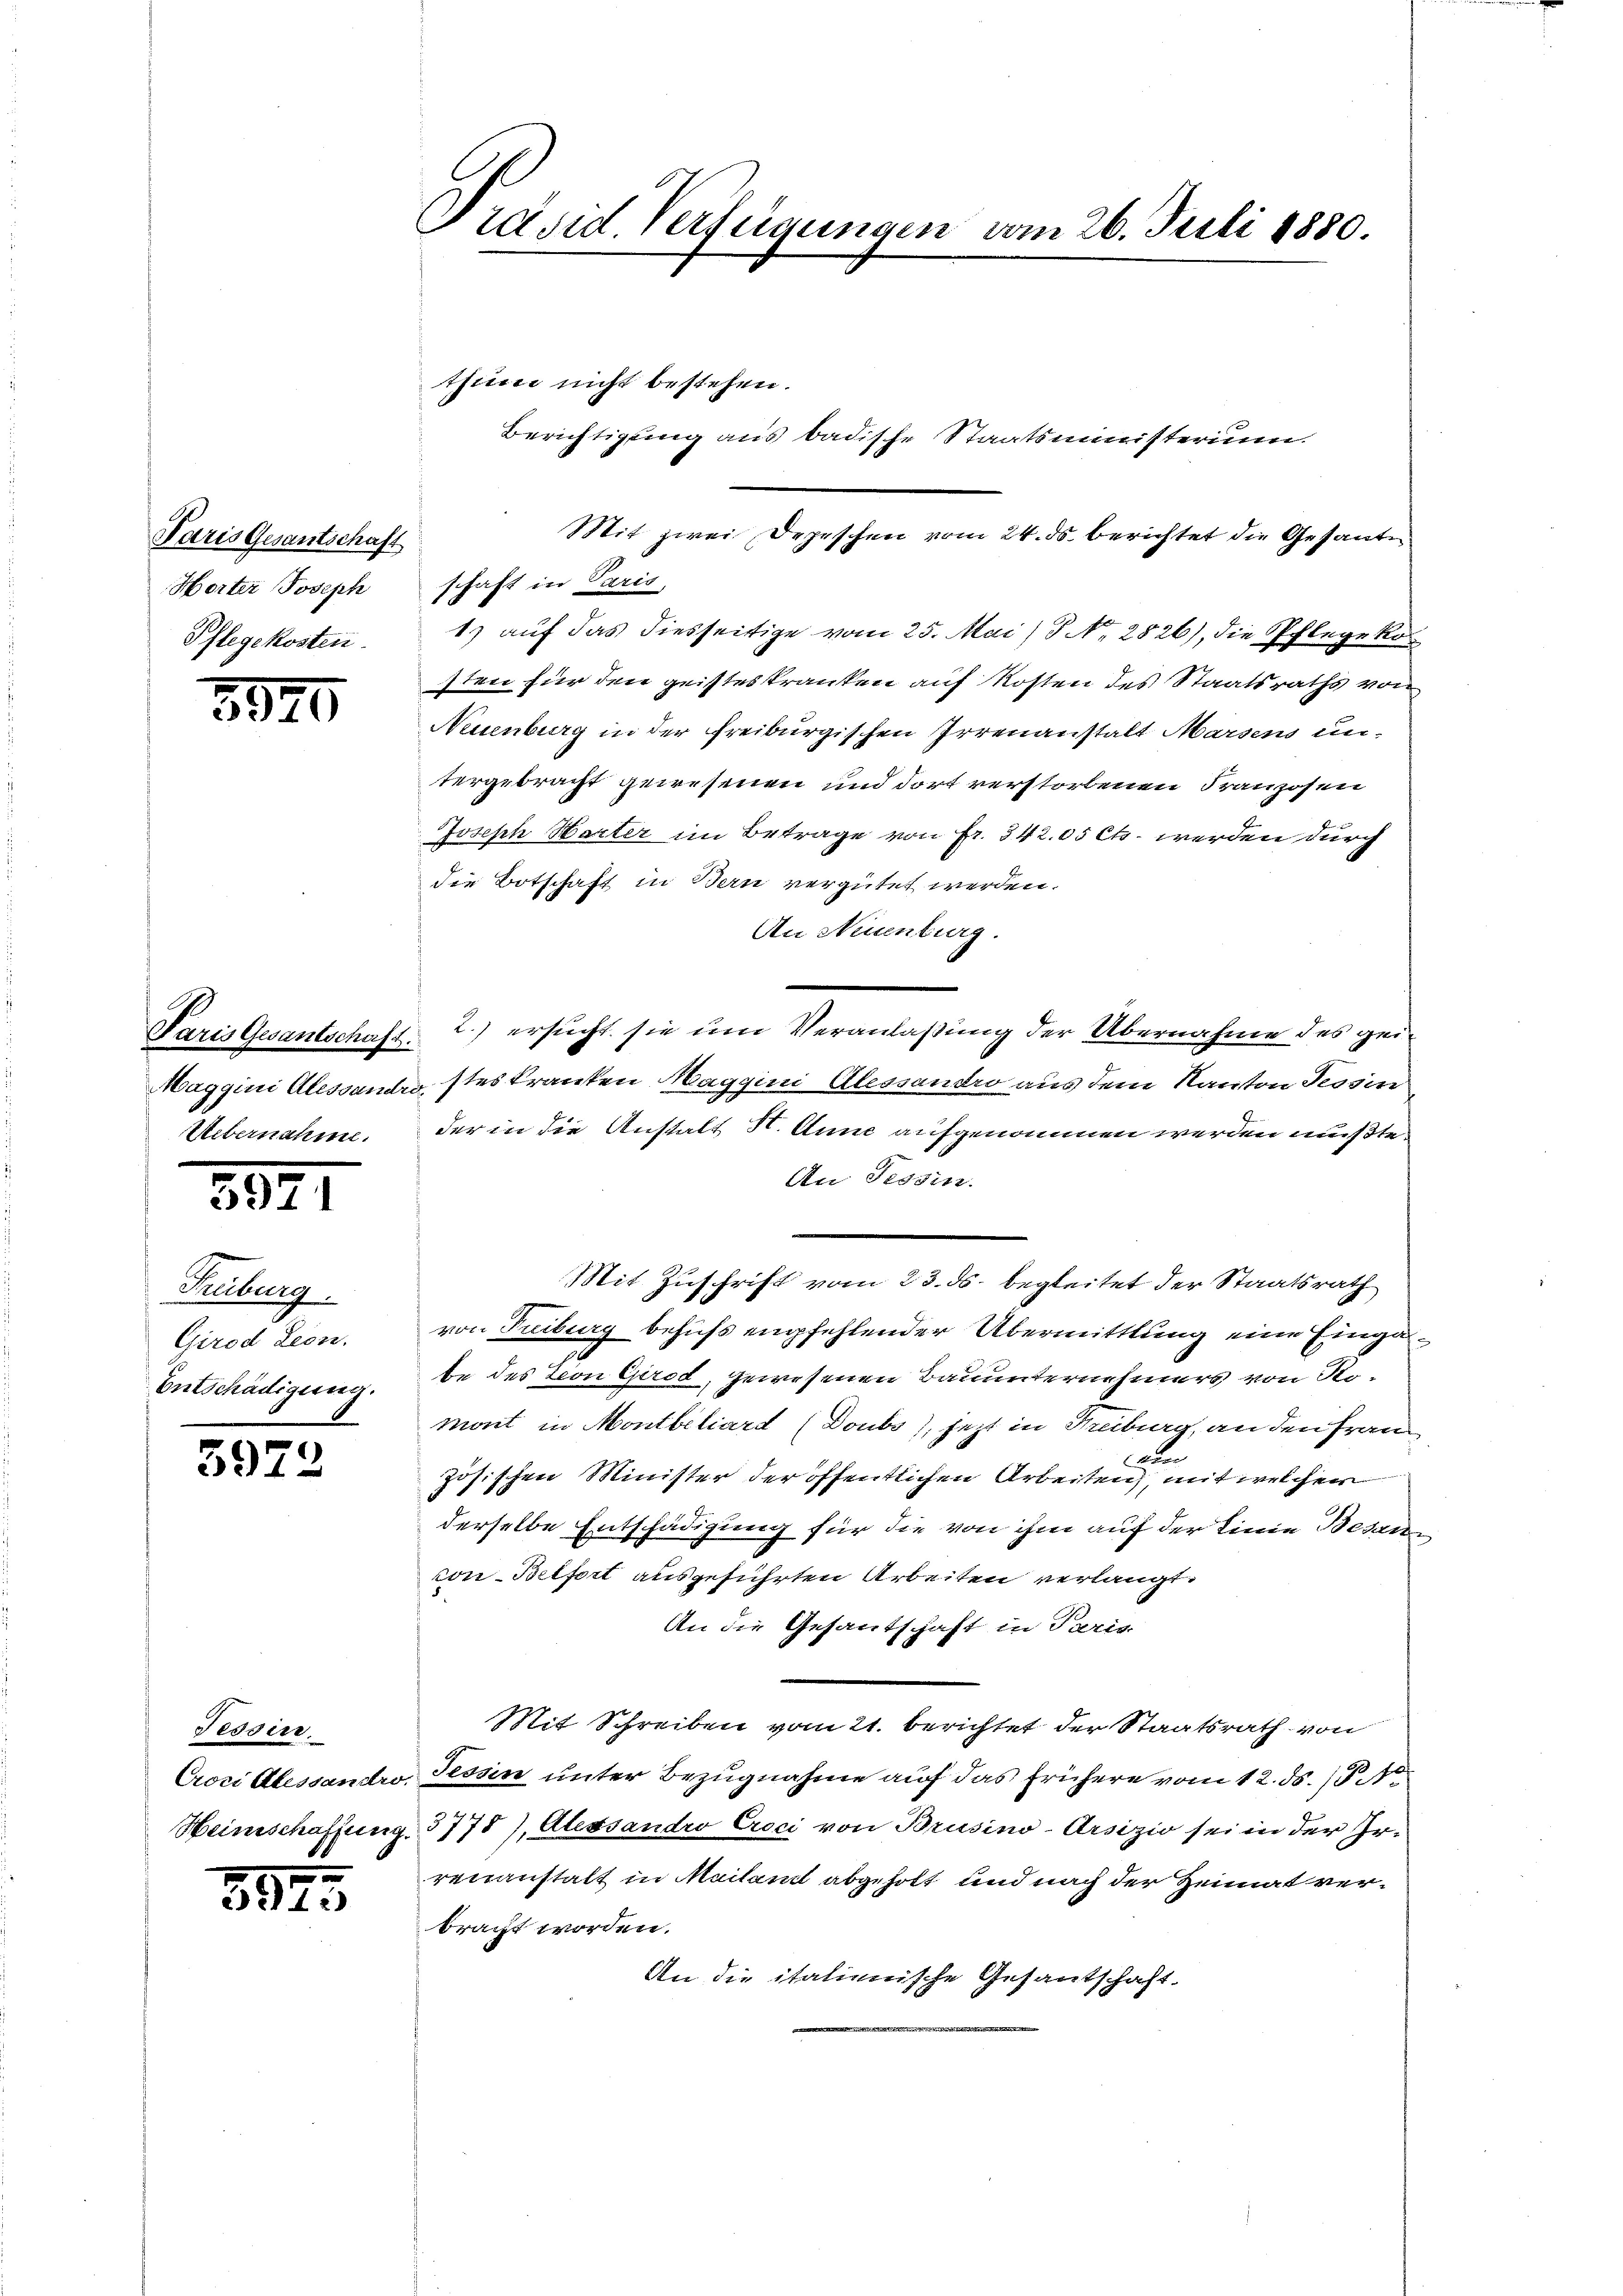
Paris Gesantschaft
Horter Joseph
Pflegekosten.

5920

Uebernahme.

3571

Tuburg.
Girod Leon.
Entschädigung.

5972

Fessen.
Heinschaffung.

5575

Prand Verfügungen vom 26. Juli 1880.

Mit zwei Depeschen vom 24. ds. berichtet die Gesante
schaft in Paris,
1) auf das diesseitige vom 25. Mai/P No. 2826), die Pflegeko
sten für den geisteskranken auf Kosten des Staatsraths von
Neuenburg in der Freiburgischen Irrenanstalt Marsens un-
tergebracht gewesenen und dort verstorbenen Franzosen
Joseph Harter im Betrage von Fr. 342. 05 Cts. werden durch
die Botschaft in Bern vergütet werden.
An Neuenburg.
Paris Gesantschaft 2.) ersucht sie um Veranlaßung der Übernahme des gei¬
Maggini Alessandro, stes kranken Maggini Alessandro aus dem Kanton Tessin
der in die Anstalt H. Anne aufgenommen werden müßte.
An Tessin.
Mit Zuschrift vom 23. ds. begleitet der Staatsrath
von Fribourg behufs empfehlender Übermittlung eine Eingate des Leon Crod, gewesenen Bauunternehmers von Romont in Montbeliard (Doubs), jetzt in Freiburg, an den Fran
c
zösischen Minister der öffentlichen Arbeiten, mit welcher
derselbe Entschädigung für die von ihm auf der Linie Besen
con-Belfort ausgeführten Arbeiten verlangt.
An die Gesantschaft in Paris
Mit Schreiben vom 21. berichtet der Staatsrath von
Croci Alessandro, Tessin unter Bezugnahme auf das frühere vom 12. ds. /.
3775), Alessandro Creci von Brusino-Arsizio sei in der Irrenanstalt in Mailant abgeholt und nach der Heimat verbracht worden.
An die italienische Gesantschaft.

thun nicht bestehen.
Berichtigung aus badische Staatsministerium.